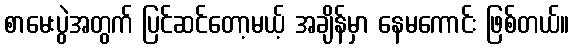
စာမေးပွဲအတွက် ပြင်ဆင်တော့မယ့် အချိန်မှာ နေမကောင်း ဖြစ်တယ်။